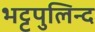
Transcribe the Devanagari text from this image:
भट्टपुलिन्द